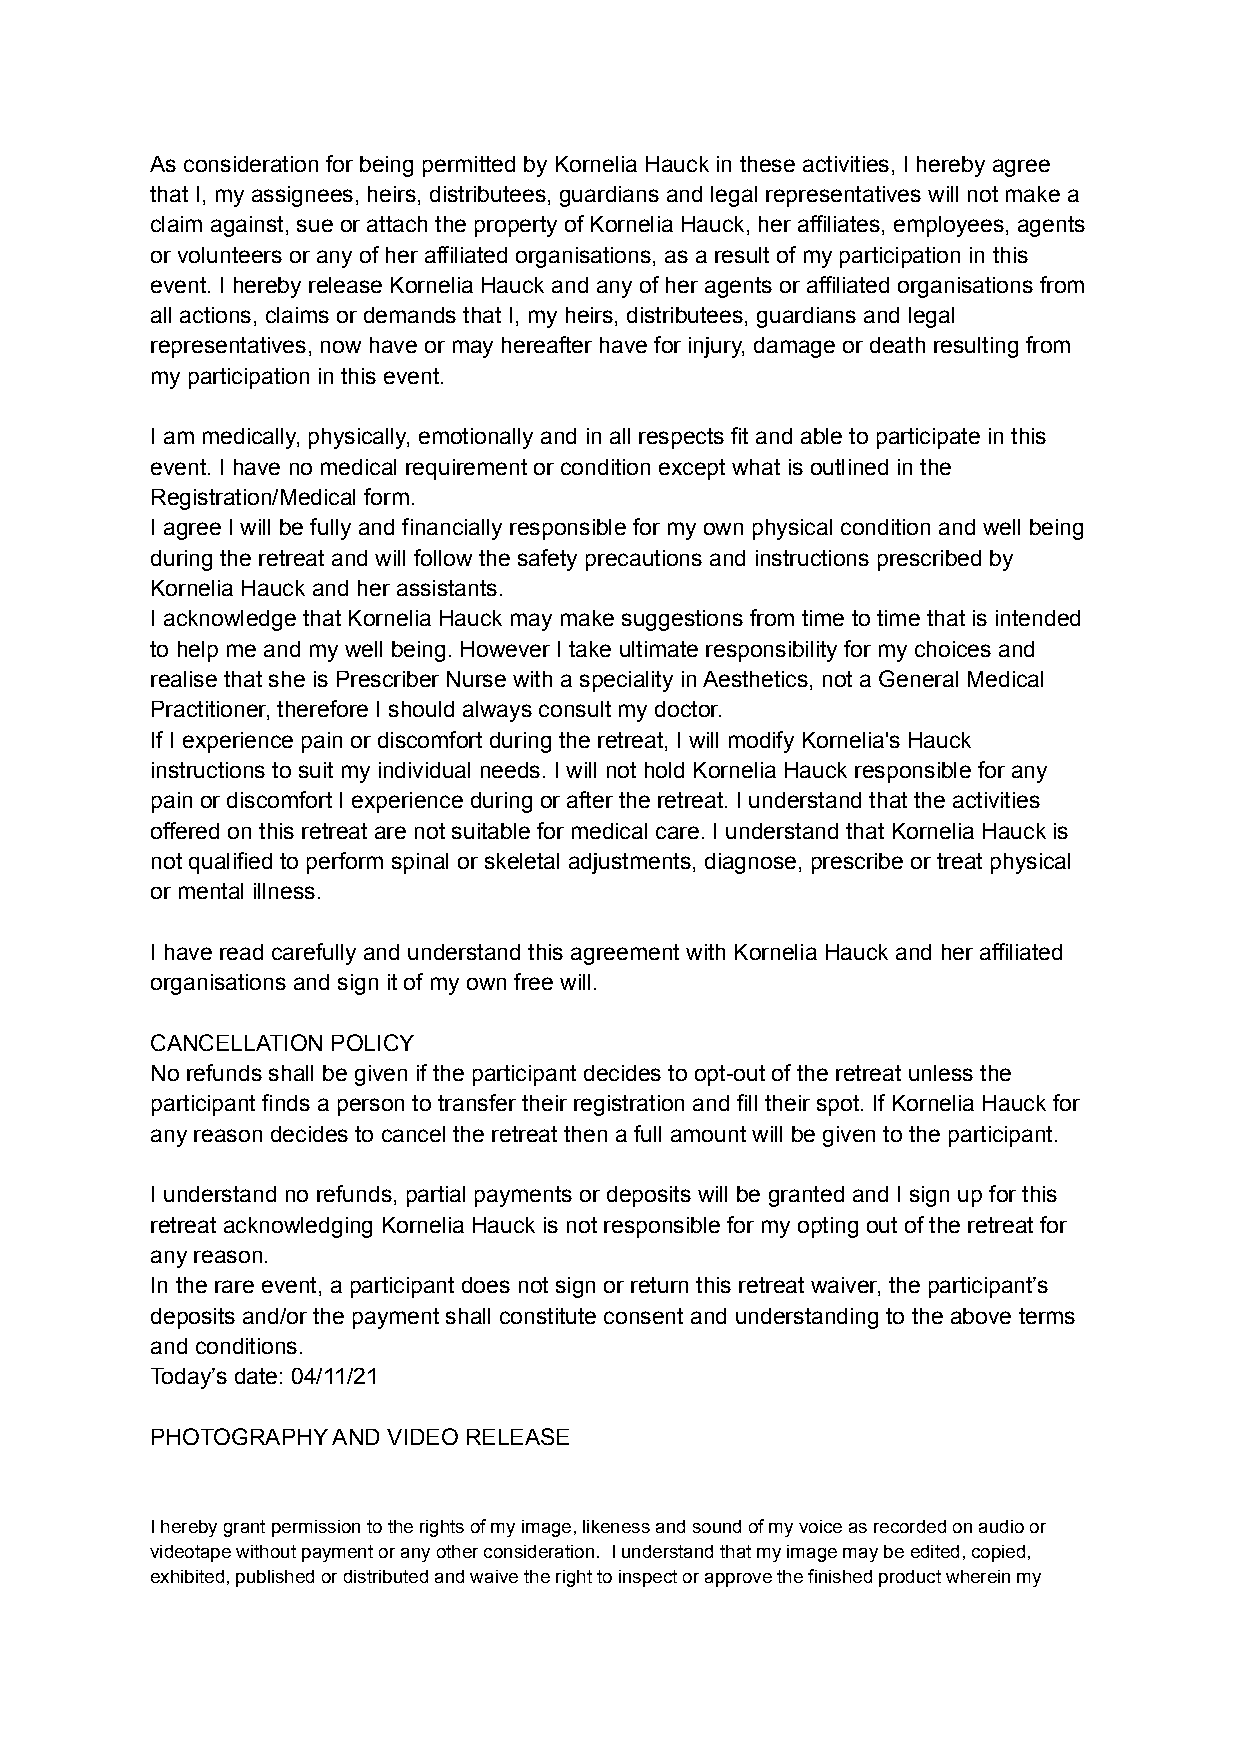
As consideration for being permitted by Kornelia Hauck in these activities, I hereby agree
 that I, my assignees, heirs, distributees, guardians and legal representatives will not make a
 claim against, sue or attach the property of Kornelia Hauck, her affiliates, employees, agents
 or volunteers or any of her affiliated organisations, as a result of my participation in this
 event. I hereby release Kornelia Hauck and any of her agents or affiliated organisations from
 all actions, claims or demands that I, my heirs, distributees, guardians and legal
 representatives, now have or may hereafter have for injury, damage or death resulting from
 my participation in this event.
 I am medically, physically, emotionally and in all respects fit and able to participate in this
 event. I have no medical requirement or condition except what is outlined in the
 Registration/Medical form.
 I agree I will be fully and financially responsible for my own physical condition and well being
 during the retreat and will follow the safety precautions and instructions prescribed by
 Kornelia Hauck and her assistants.
 I acknowledge that Kornelia Hauck may make suggestions from time to time that is intended
 to help me and my well being. However I take ultimate responsibility for my choices and
 realise that she is Prescriber Nurse with a speciality in Aesthetics, not a General Medical
 Practitioner, therefore I should always consult my doctor.
 If I experience pain or discomfort during the retreat, I will modify Kornelia's Hauck
 instructions to suit my individual needs. I will not hold Kornelia Hauck responsible for any
 pain or discomfort I experience during or after the retreat. I understand that the activities
 offered on this retreat are not suitable for medical care. I understand that Kornelia Hauck is
 not qualified to perform spinal or skeletal adjustments, diagnose, prescribe or treat physical
 or mental illness.
 I have read carefully and understand this agreement with Kornelia Hauck and her affiliated
 organisations and sign it of my own free will.
 CANCELLATION POLICY
 No refunds shall be given if the participant decides to opt-out of the retreat unless the
 participant finds a person to transfer their registration and fill their spot. If Kornelia Hauck for
 any reason decides to cancel the retreat then a full amount will be given to the participant.
 I understand no refunds, partial payments or deposits will be granted and I sign up for this
 retreat acknowledging Kornelia Hauck is not responsible for my opting out of the retreat for
 any reason.
 In the rare event, a participant does not sign or return this retreat waiver, the participant’s
 deposits and/or the payment shall constitute consent and understanding to the above terms
 and conditions.
 Today’s date: 04/11/21
 PHOTOGRAPHY AND VIDEO RELEASE
 I hereby grant permission to the rights of my image, likeness and sound of my voice as recorded on audio or
 videotape without payment or any other consideration. I understand that my image may be edited, copied,
 exhibited, published or distributed and waive the right to inspect or approve the finished product wherein my